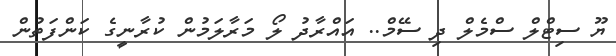
ޔޫ ސިޓްލް ސްމެލް ދި ސޭމް.. އައްރާދު ލޯ މަރާލަމުން ކުރާނީގެ ކަންފަތުން